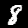
Digit: 8